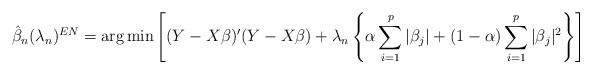
\begin{align*}\hat{\beta}_n(\lambda_n)^{EN}=\mbox{arg}\min\left[(Y-X\beta)'(Y-X\beta) + \lambda_n\left\{\alpha \sum_{i=1}^{p}|\beta_j| + (1-\alpha)\sum_{i=1}^{p}|\beta_j|^2\right\}\right]\end{align*}